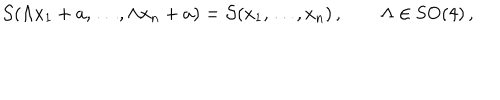
{ \cal S } ( \Lambda x _ { 1 } + a , \dots , \Lambda x _ { n } + a ) = { \cal S } ( x _ { 1 } , \dots , x _ { n } ) \, , \qquad \Lambda \in \mathrm { S O } ( 4 ) \, ,